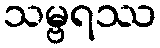
သမ္ဗရဿ